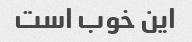
این خوب است